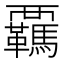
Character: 覊